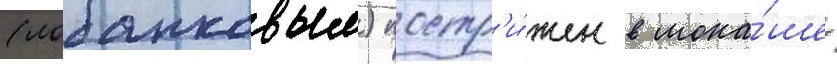
(лобанковым) постр'и́жен в мона́шество